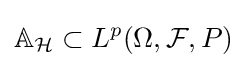
\mathbb {A} _{\mathcal {H}}\subset L^{p}(\Omega ,{\mathcal {F}},P)